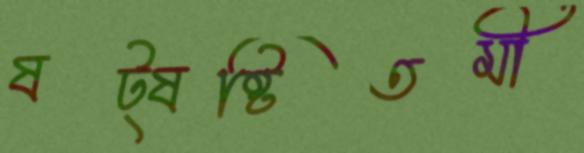
ষট্‌ষষ্টিতমী